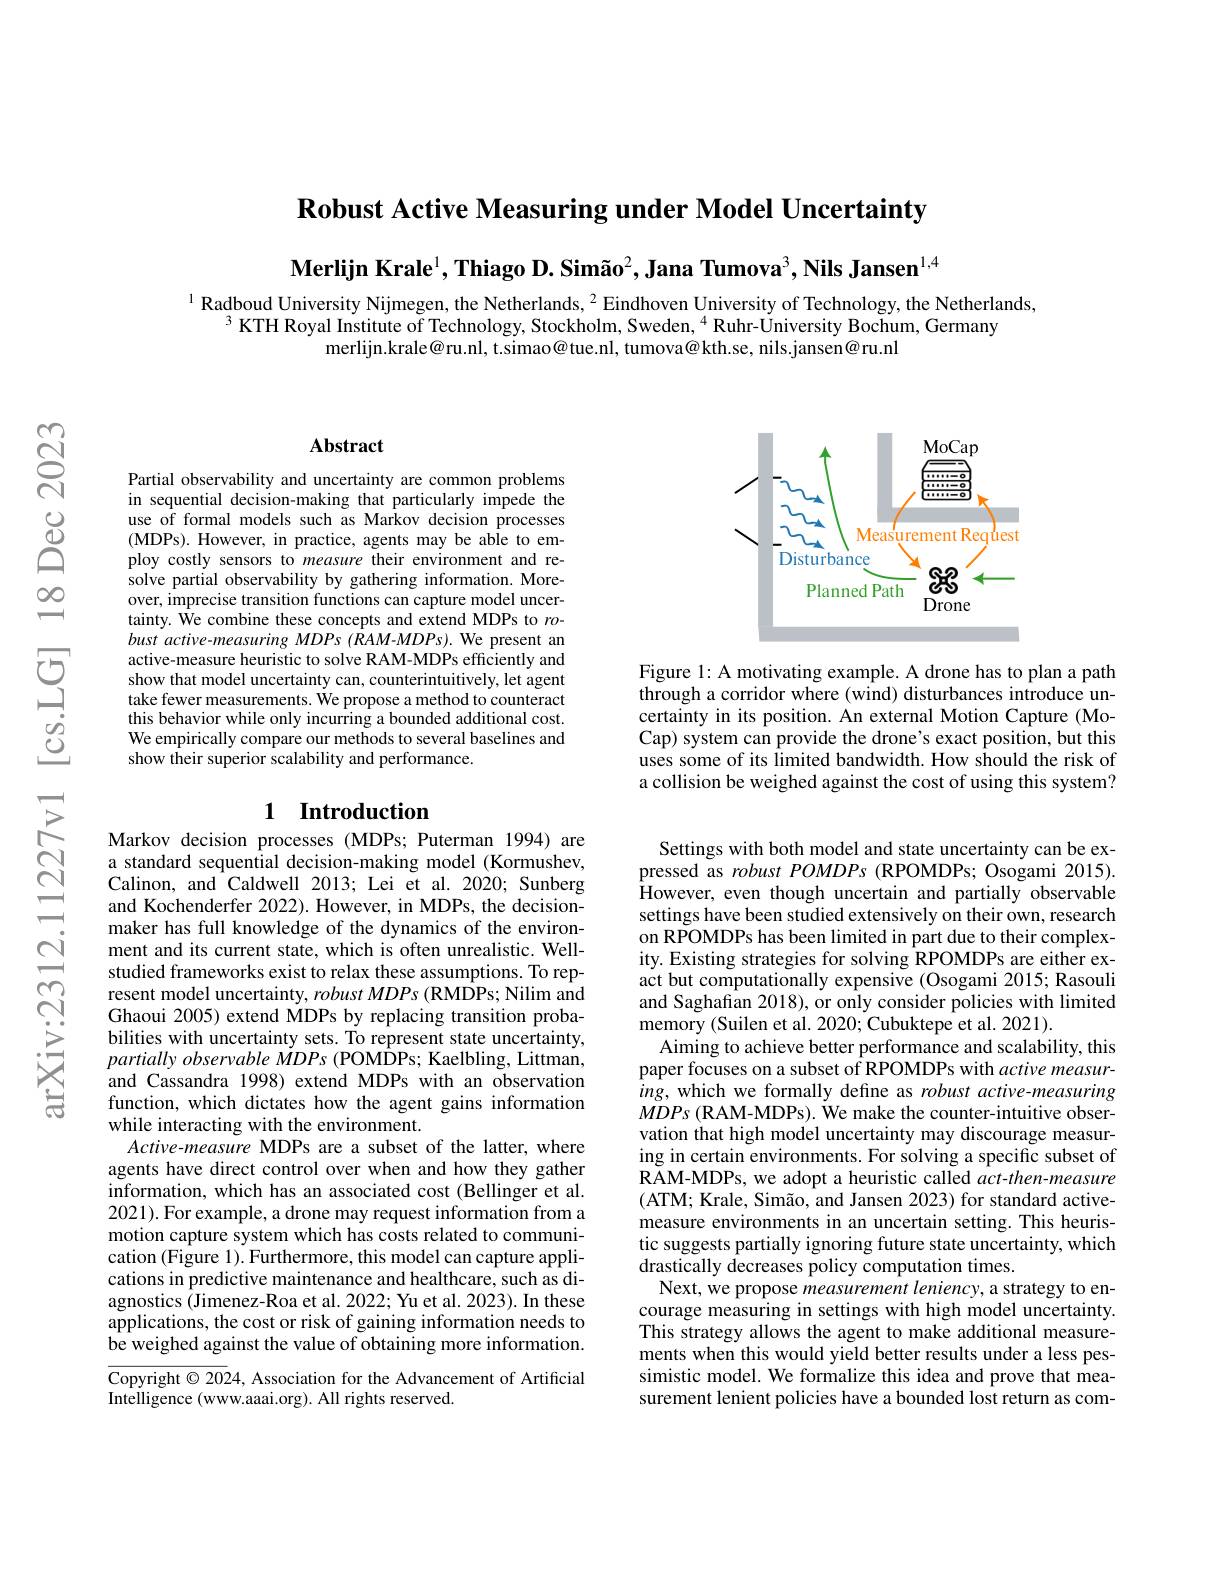
$\textbf{Robust Active Measuring under Model Uncertainty}$

Merlijn Krale$^1,\textbf{ThiagoD.Sim\~{a}o}^2,\textbf{JanaTumova}^3,\textbf{NilsJansen}^{1,4}$

$^{1}$ Radboud University Nijmegen, the Netherlands, $^{2}$ Eindhoven University of Technology, the Netherlands,
$^{3}$ KTH Royal Institute of Technology, Stockholm, Sweden, $^{4}$ Ruhr-$\tilde{\text{UniversityBochum,Germany}}$
merlijn. krale@ ru. nl, t. simao@ tue. nl, tumova@ kth. se, nils. jansen@ ru.nl

### $\mathbf{Abstract}$

Partial observability and uncertainty are common problems in sequential decision-making that particularly impede the use of formal models such as Markov decision processes ( MDPs) . However, in practice, agents may be able to em- ploy costly sensors to measure their environment and resolve partial observability by gathering information. Moreover, imprecise transition functions can capture model uncertainty. We combine these concepts and extend MDPs to $ro$- bust active-measuring MDPs (RAM-MDPs). We present an active-measure heuristic to solve RAM-MDPs efficiently and show that model uncertainty can, counterintuitively, let agent take fewer measurements. We propose a method to counteract this behavior while only incurring a bounded additional cost. We empirically compare our methods to several baselines and show their superior scalability and performance.

### 1 Introduction

Markov decision processes (MDPs; Puterman 1994) are a standard sequential decision-making model (Kormushev, Calinon, and Caldwell 2013; Lei et al. 2020; Sunberg and Kochenderfer 2022). However, in MDPs, the decisionmaker has full knowledge of the dynamics of the environment and its current state, which is often unrealistic. Wellstudied frameworks exist to relax these assumptions. To represent model uncertainty, $robustMDPs\left(\mathrm{RMDPs;Nilim~and}\right)$ Ghaoui 2005) extend MDPs by replacing transition probabilities with uncertainty sets. To represent state uncertainty, $partiallyobservableMDPs~(POMDPs;~Kaelbling,~Littman$, and Cassandra 1998) extend MDPs with an observation function, which dictates how the agent gains information while interacting with the environment.
Active-measure MDPs are a subset of the latter, where agents have direct control over when and how they gather information, which has an associated cost (Bellinger et al. 2021). For example, a drone may request information from a motion capture system which has costs related to communication (Figure 1). Furthermore, this model can capture applications in predictive maintenance and healthcare, such as diagnostics (Jimenez-Roa et al. 2022; Yu et al. 2023). In these applications, the cost or risk of gaining information needs to be weighed against the value of obtaining more information. Copyright $\odot2024$, Association for the Advancement of Artificial

Intelligence (www.aaai.org). All rights reserved.

<FigureHere>

Figure 1: A motivating example. A drone has to plan a path through a corridor where (wind) disturbances introduce uncertainty in its position. An external Motion Capture (MoCap) system can provide the drone's exact position, but this uses some of its limited bandwidth. How should the risk of a collision be weighed against the cost of using this system?

Settings with both model and state uncertainty can be expressed as $robustPOMDPs($RPOMDPs; Osogami 2015). However, even though uncertain and partially observable settings have been studied extensively on their own, research on RPOMDPs has been limited in part due to their complexity. Existing strategies for solving RPOMDPs are either exact but computationally expensive (Osogami 2015; Rasouli and Saghafian 2018), or only consider policies with limited memory (Suilen et al. 2020; Cubuktepe et al. 2021).
Aiming to achieve better performance and scalability, this paper focuses on a subset of RPOMDPs with active measur- $ing$, which we formally defne as robust active-measuring MDPs (RAM-MDPs). We make the counter-intuitive observation that high model uncertainty may discourage measuring in certain environments. For solving a specific subset of RAM-MDPs, we adopt a heuristic called act-then-measure (ATM; Krale, Simão, and Jansen 2023) for standard activemeasure environments in an uncertain setting. This heuristic suggests partially ignoring future state uncertainty, which drastically decreases policy computation times.
Next, we propose measurement leniency, a strategy to encourage measuring in settings with high model uncertainty. This strategy allows the agent to make additional measurements when this would yield better results under a less pessimistic model. We formalize this idea and prove that measurement lenient policies have a bounded lost return as com-